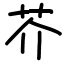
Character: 芥